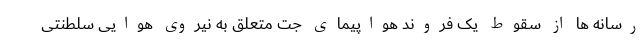
رسانه ها از سقوط یک فروند هواپیمای جت متعلق به نیروی هوایی سلطنتی